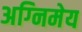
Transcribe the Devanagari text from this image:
अग्‍निमेय